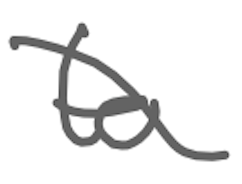
Text: to
Cross-out: diagonal
Writing tool: digital_gray